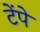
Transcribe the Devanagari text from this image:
टेंपे